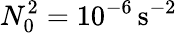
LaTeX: N_{0}^{2}=10^{-6}\, \mathrm{{s^{-2}}}